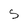
Character: s